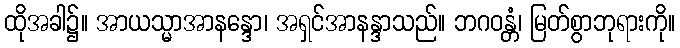
ထိုအခါ၌။ အာယသ္မာအာနန္ဒော၊ အရှင်အာနန္ဒာသည်။ ဘဂဝန္တံ၊ မြတ်စွာဘုရားကို။